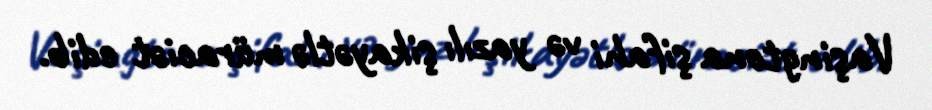
Vaşingtona şifahi və yazılı şikayətlə müraciət edib.